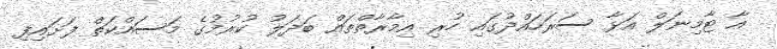
އާ ޓާމިނަލް އަޅާ ސަރަހައްދުގައި ހުރި އިމާރާތްތައް ބަދަލު ކުރުމުގެ މަސައްކަތް ފަށައިފި